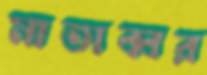
মাতাব্বর